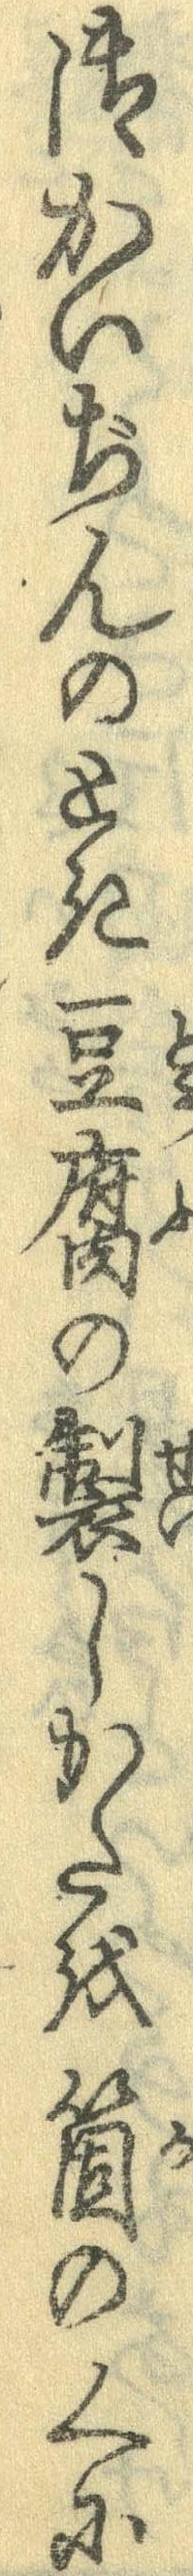
御かいぢんのとき豆腐の製しかたを箇のくに